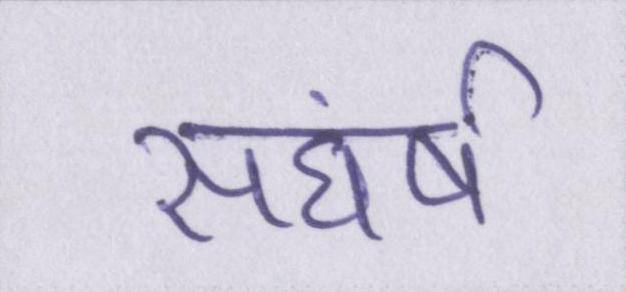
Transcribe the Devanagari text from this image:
सघंर्ष